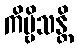
ကိဗ္ဗိသန္တိ